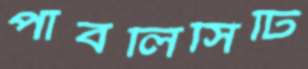
পাবলিসিটি